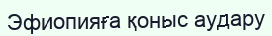
Эфиопияға қоныс аудару